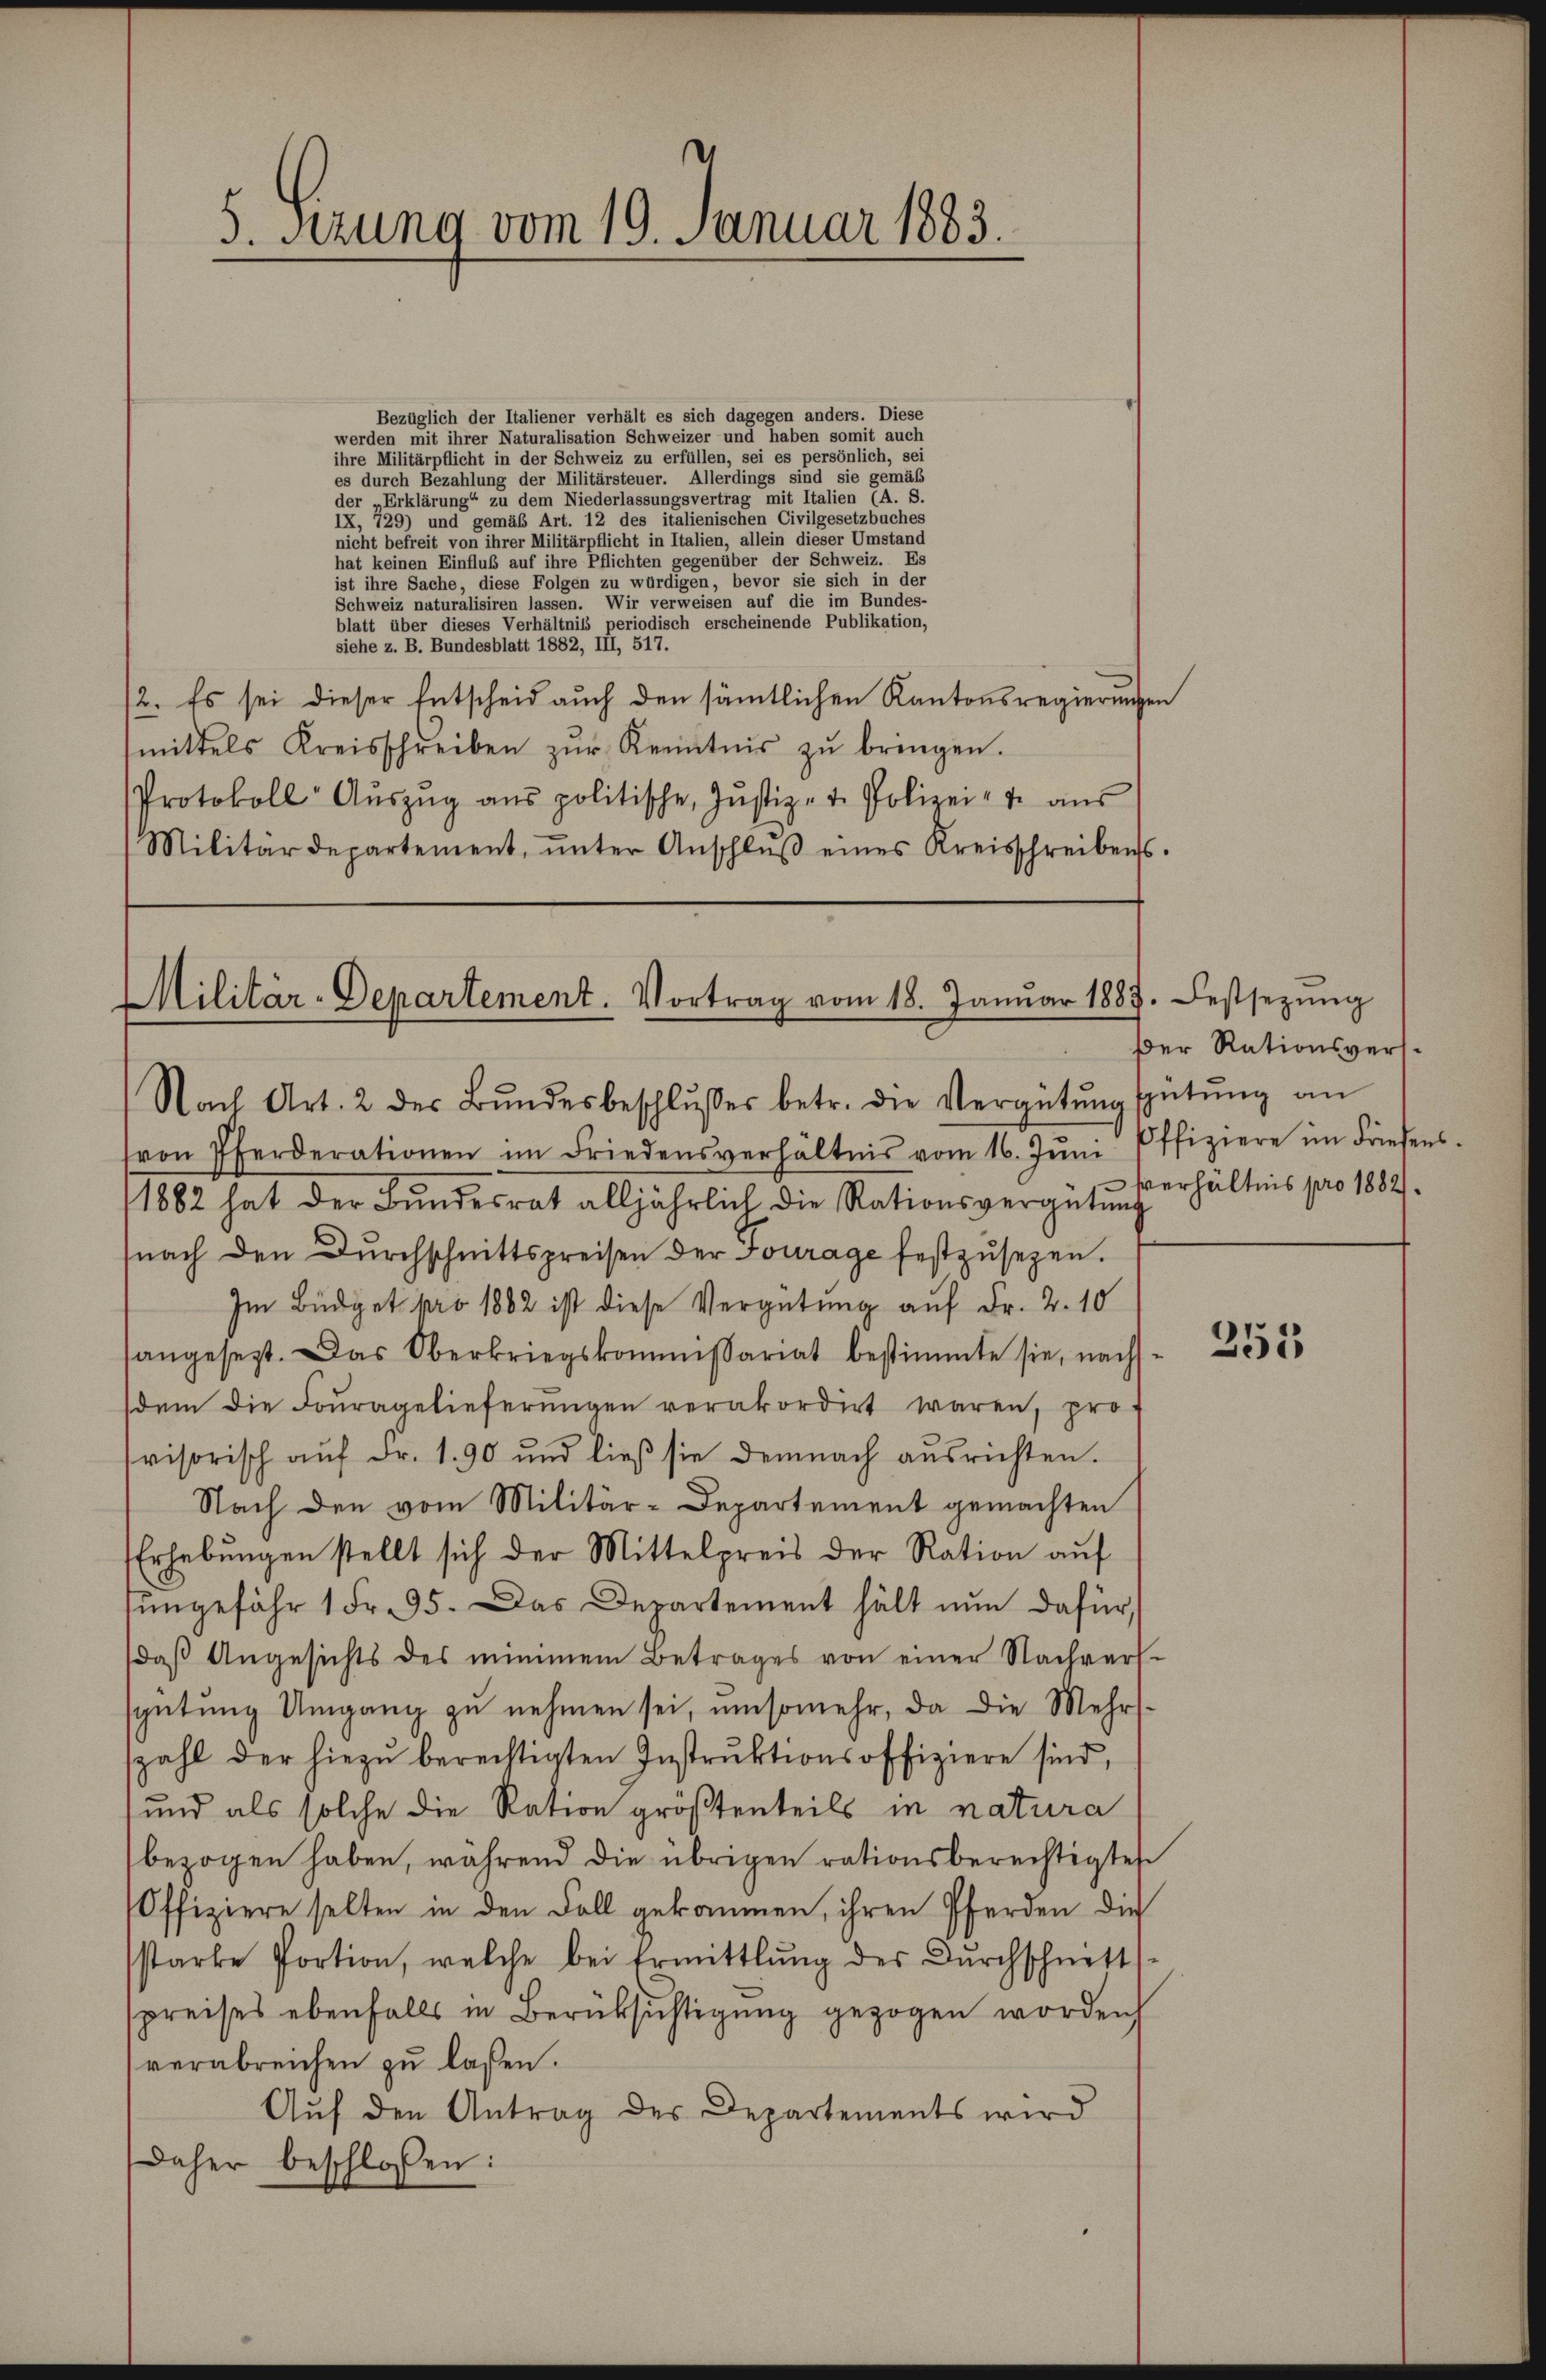
5. Sitzung vom 19. Januar 1883.

Bezüglich der Italiener verhält es sich dagegen anders. Diese
werden mit ihrer Naturalisation Schweizer und haben somit auch
ihre Militärpflicht in dieser schweiz zu erfüllen, sei es persönlich, sei
ès durch Bezahlung der Militärsteuer. Allerdings sind sie gemäß
                    zu dem Niederlassungsvertrag mit Italien (A. S.
  und gemäß Art. 12 diesentalienischen Civilgesetzbuches
nicht befreit von ihrer Militärpflicht in Italien, allein dieser Umstand
en
ses der dieser                                      der die die in de
Schweiz naturalisiren lassen. Wir verweisen auf die im Bundes
blätt über dieses Verhältniß periodisch erscheinende Publikation,
siehe z. B. Bundesblatt 1882, III, 517.
/2. Es sei dieser Entscheid auch den sämtlichen Kantonsregierungen
mittels Kreisschreiben zŭr Kenntnis zŭ bringen.
Protokoll Aŭszŭg ans politische, Jŭstiz- u. Polizei- u. aŭs
Militärdepartement, ŭnter Anschlŭβ eines Kreisschreibens.

Militär-Departement. Vortrag vom 18. Janŭar 1887. Festsezŭng
Nach Art. 2 der Bŭndesbeschlŭsses betr. die Vergütŭng spütŭng an

von Pferderationen im Friedensverhältnis vom 16. Jŭni
1882 hat der Bŭndesrat alljährlich die Rationsvergütŭng
snach den Dŭrchschnittspreisen der Fourage festzŭsezen.
Im Büdget pro 1882 ist diese Vergütung auf Fr. 2. 10
sangesezt. Das Oberkriegskommissariat bestimmte sie, nach
dem die Fouragelieferŭngen verakordirt waren, pro-
visorisch aŭf Fr. 190 und ließ sie demnach aŭsrichten.
Nach den vom Militär-Departement gemachten
Erhebŭngen stellt sich der Mittelpreis der Ration aŭf
tŭngefähr 1 Fr. 95. Das Departement hält nŭn dafür,
daβ Angesichts des minimen Betrages von einer Nachvers-
spütŭng Umgang zŭ nehmen sei, umsomehr, da die Mehrs-
zahl der hiezŭ berechtigten Instrŭktionsoffiziere sind,
und als solche die Ration größtenteils in natura
bezogen haben, während die übrigen rationsberechtigtes
Offiziere selten in den Fall gekommen, ihren Pferden die
starke Portion, welche bei Ermittlung der Dŭrchschnett
spreises ebenfalls in Berücksichtigŭng gezogen worden
verabreichen zŭ lassen.
Auf den Antrag des Departements wird
daher beschlossen:

Der Rationsvers.
Offiziere im Friesens.
verhältnis pro 1882/

251